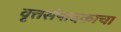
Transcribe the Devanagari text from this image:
वृत्तसंपादकाचा